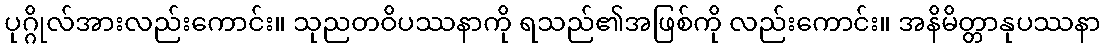
ပုဂ္ဂိုလ်အားလည်းကောင်း။ သုညတဝိပဿနာကို ရသည်၏အဖြစ်ကို လည်းကောင်း။ အနိမိတ္တာနုပဿနာ